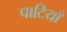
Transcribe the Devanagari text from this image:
पाटियाँ